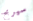
سيربح